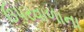
ઉપરવાળાના